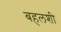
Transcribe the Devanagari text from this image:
बहलशी